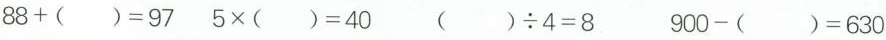
$$8 8 + ( ) =$$ $$9 7 5 \times ( ) = 4 0$$ $$( ) \div 4 = 8$$ $$9 0 0 - ( ) = 6 3 0$$